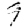
Digit: 9